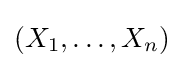
\left(X_{1},\dots ,X_{n}\right)